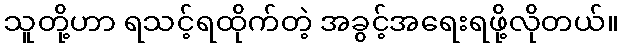
သူတို့ဟာ ရသင့်ရထိုက်တဲ့ အခွင့်အရေးရဖို့လိုတယ်။